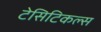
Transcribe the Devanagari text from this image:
टेसिटिकल्स